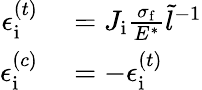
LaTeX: \begin{array}{rl}{\epsilon_{\mathrm{i}}^{(t)}}&{{}=J_{\mathrm{i}}\frac{\sigma_{\mathrm{f}}}{E^{*}}\tilde{l}^{-1}}\\ {\epsilon_{\mathrm{i}}^{(c)}}&{{}=-\epsilon_{\mathrm{i}}^{(t)}}\end{array}